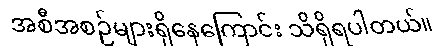
အစီအစဉ်များရှိနေကြောင်း သိရှိရပါတယ်။